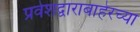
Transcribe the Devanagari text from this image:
प्रवेशद्वाराबाहेरच्या